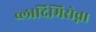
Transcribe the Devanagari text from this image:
व्लादिमिरोव्ना